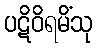
ပဋိဝိရမိံသု